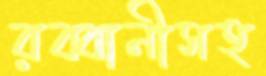
রব্বানীসহ